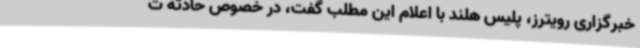
خبرگزاری رویترز، پلیس هلند با اعلام این مطلب گفت، در خصوص حادثه ت